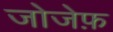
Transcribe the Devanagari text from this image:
जोजेफ़